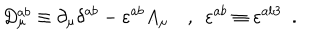
D _ { \mu } ^ { a b } \equiv \partial _ { \mu } \delta ^ { a b } - \varepsilon ^ { a b } A _ { \mu } \, \, \, \, \, \, , \, \, \, \varepsilon ^ { a b } \equiv \varepsilon ^ { a b 3 } \, \, \, .